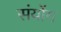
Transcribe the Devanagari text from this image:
संयोंग